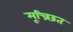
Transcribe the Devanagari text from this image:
मूच्र्छित